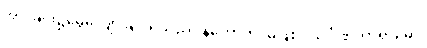
အိပ်ခြင်း၌မွေ့လျော်ခြင်းရှိသည်။ နဟောတိ၊ မဖြစ်။ သင်္ဂဏိကာရာမော၊